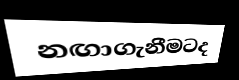
නඟාගැනීමටද